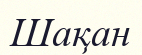
Шақан